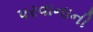
પરવાનાની